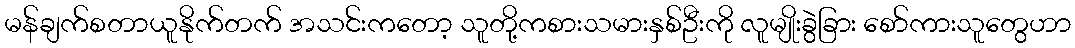
မန်ချက်စတာယူနိုက်တက် အသင်းကတော့ သူတို့ကစားသမားနှစ်ဦးကို လူမျိုးခွဲခြား စော်ကားသူတွေဟာ